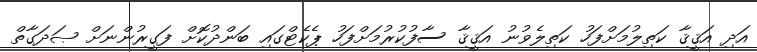
އަދި އަޤީޤާ ކަތިލުމަށްފަހު ކަތިލެވުނު އަޤީޤާ ސާފުކުރުމަށްފަހު ޕެކެޓްގައި ބަންދުކޮށް ފަގީރުންނަށް ޞަދަގާތް